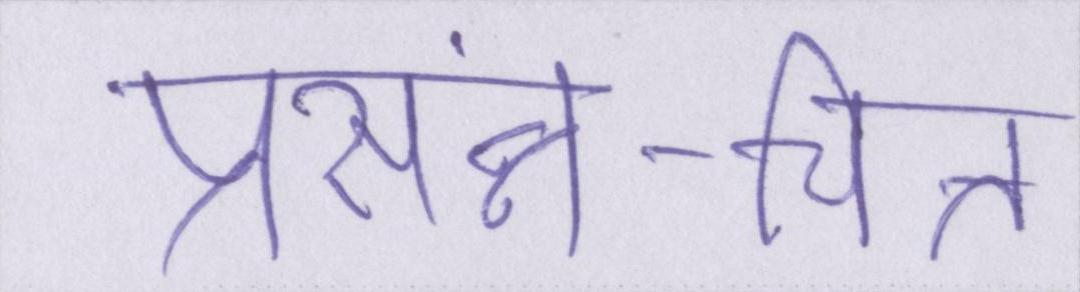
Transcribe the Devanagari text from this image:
प्रसंन्न-चित्त